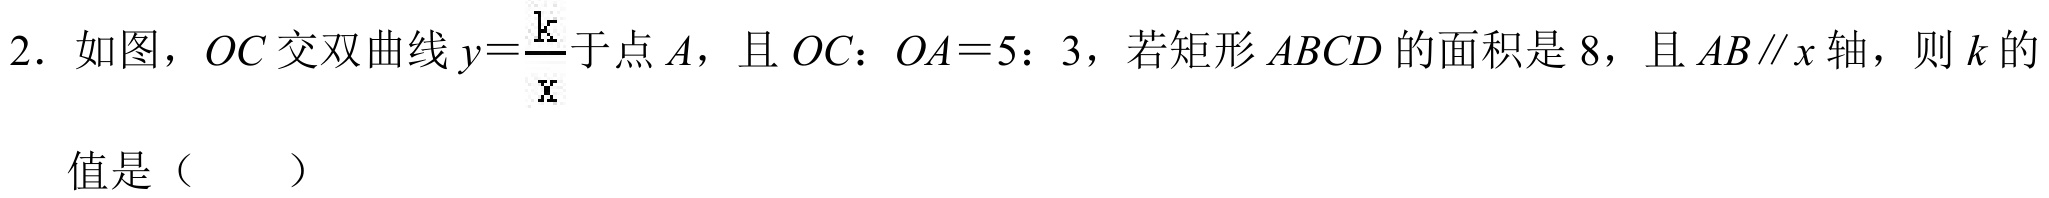
2. 如图，$OC$ 交双曲线$y = \frac{k}{x}$于点$A$，且$OC：OA = 5：3$，若矩形$ABCD$的面积是$8$，且$AB\parallel x$轴，则$k$的值是（  ）